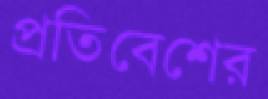
প্রতিবেশের